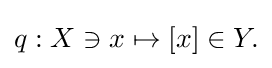
{\textstyle q:X\ni x\mapsto [x]\in Y.}